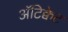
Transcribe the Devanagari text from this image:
अॅटिक्वेट